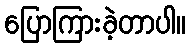
ပြောကြားခဲ့တာပါ။